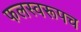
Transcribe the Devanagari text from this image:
फलस्वरूपच